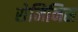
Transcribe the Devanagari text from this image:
सेमिनिस